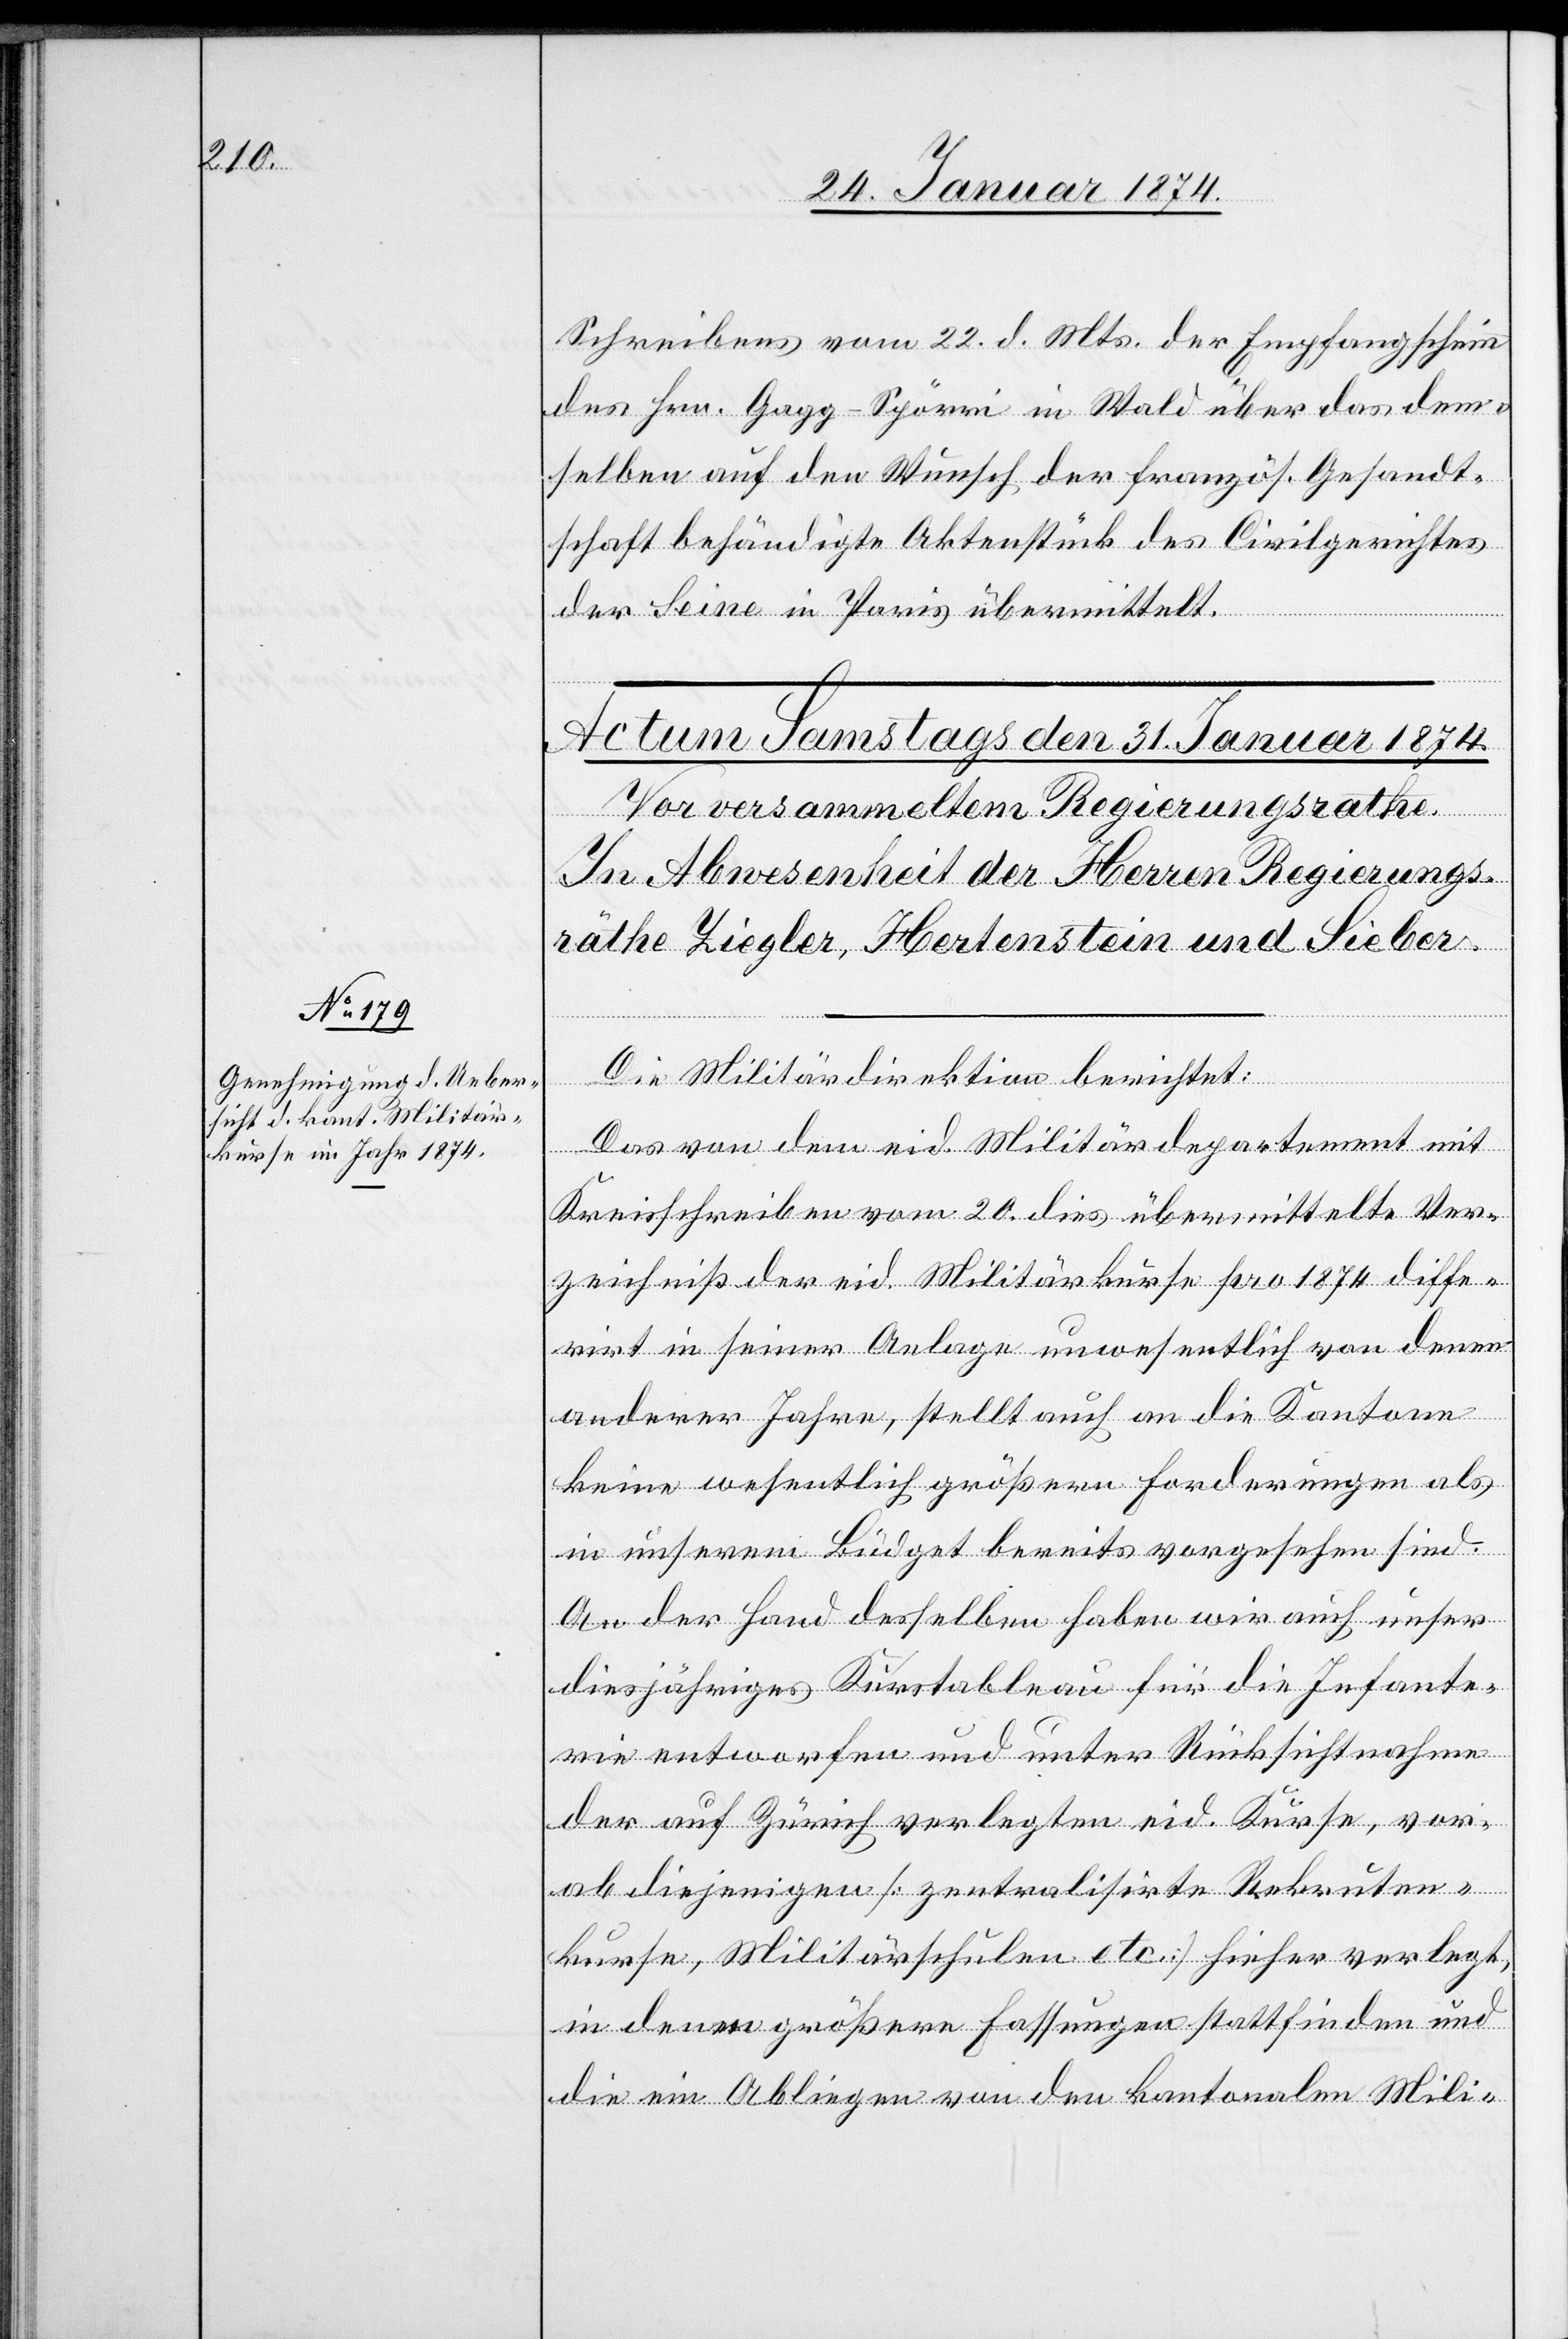
Schreibens vom 22. d. Mts. der Empfangschein
des Hrn. Gagg-Spörri in Wald über das dem¬
selben auf den Wunsch der französ. Gesandt¬
schaft behändigte Aktenstück des Civilgerichtes
der Seine in Paris übermittelt.
Die Militärdirektion berichtet:
Das von dem eid. Militärdepartement mit
Kreisschreiben vom 20. dies übermittelte Ver¬
zeichniß der eid. Militärkurse pro 1874 diffe¬
rirt in seiner Anlage unwesentlich von denen
anderer Jahre, stellt auch an die Kantone
keine wesentlich größern Forderungen als
in unserem Büdget bereits vorgesehen sind.
An der Hand desselben haben wir auch unser
diesjähriges Kurstableau für die Infante¬
rie entworfen und unter Rücksichtnahme
der auf Zürich verlegten eid. Kurse, vor¬
ab diejenigen [zentralisirte Rekruten¬
kurse, Militärschulen etc.] hieher verlegt,
in denen größere Fassungen stattfinden und
die ein Abliegen von den kantonalen Mili-